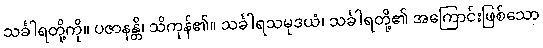
သင်္ခါရတို့ကို။ ပဇာနန္တိ၊ သိကုန်၏။ သင်္ခါရသမုဒယံ၊ သင်္ခါရတို့၏ အကြောင်းဖြစ်သော